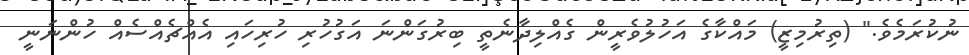
ނުކުރަމެވެ." (ތިރުމިޒީ) މައްކާގެ އަހުލުވެރީން ގެއްލިދާނެތީ ބިރުގަންނަ އަގުހުރި ހުރިހައި އެއްޗެއްސެއް ހުންނަނީ